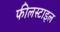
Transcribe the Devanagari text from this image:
फीलस्टाइल